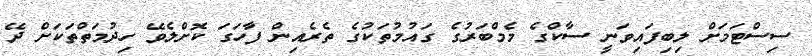
ސިސްޓަމަށް ލިބިފައިވަނީ ސާކްގެ މެމްބަރުގެ ގައުމުތަކުގެ ތެރެއިން ފާހަގަ ކޮށްލެވޭ ހިދުމަތްތަކަށް ދޭ